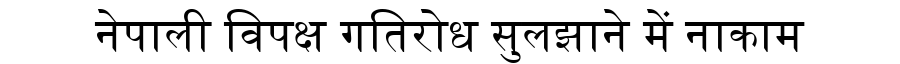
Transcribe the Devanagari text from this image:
नेपाली विपक्ष गतिरोध सुलझाने में नाकाम